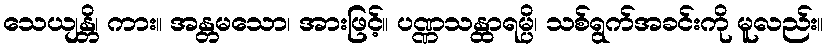
သေယျန္တိ၊ ကား။ အန္တမသော၊ အားဖြင့်။ ပဏ္ဏသန္ထာရမ္ပိ၊ သစ်ရွက်အခင်းကို မူလည်း။